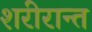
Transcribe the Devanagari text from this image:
शरीरान्त